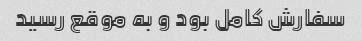
سفارش کامل بود و به موقع رسید